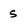
Character: s